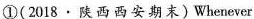
①(2018\cdot 陕西西安期末)Whenever